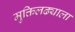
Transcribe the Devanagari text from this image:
मुक्तिलढ्याला